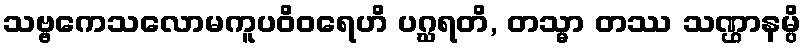
သဗ္ဗကေသလောမကူပဝိဝရေဟိ ပဂ္ဃရတိ, တသ္မာ တဿ သဏ္ဌာနမ္ပိ